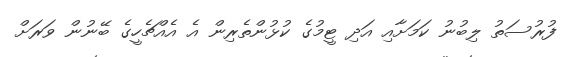
ފުރުސަތު ލިބުނު ކަމަށާއި އަދި ޓީމުގެ ކުޅުންތެރިން އެ އެއްޗެހީގެ ބޭނުން ވަރަށް